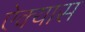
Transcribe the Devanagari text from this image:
ऐक्यास